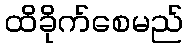
ထိခိုက်စေမည်